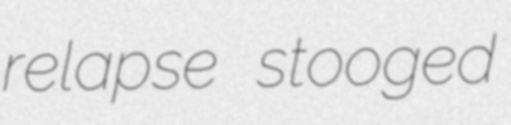
relapse stooged